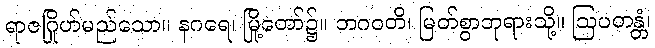
ရာဇဂြိုဟ်မည်သော။ နဂရေ၊ မြို့တော်၌။ ဘဂဝတိ၊ မြတ်စွာဘုရားသို့။ ဩပတန္တံ၊